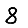
Digit: 8